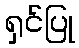
ရှင်ပြု